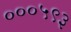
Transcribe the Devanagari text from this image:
०००५९३